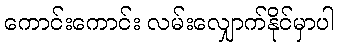
ကောင်းကောင်း လမ်းလျှောက်နိုင်မှာပါ